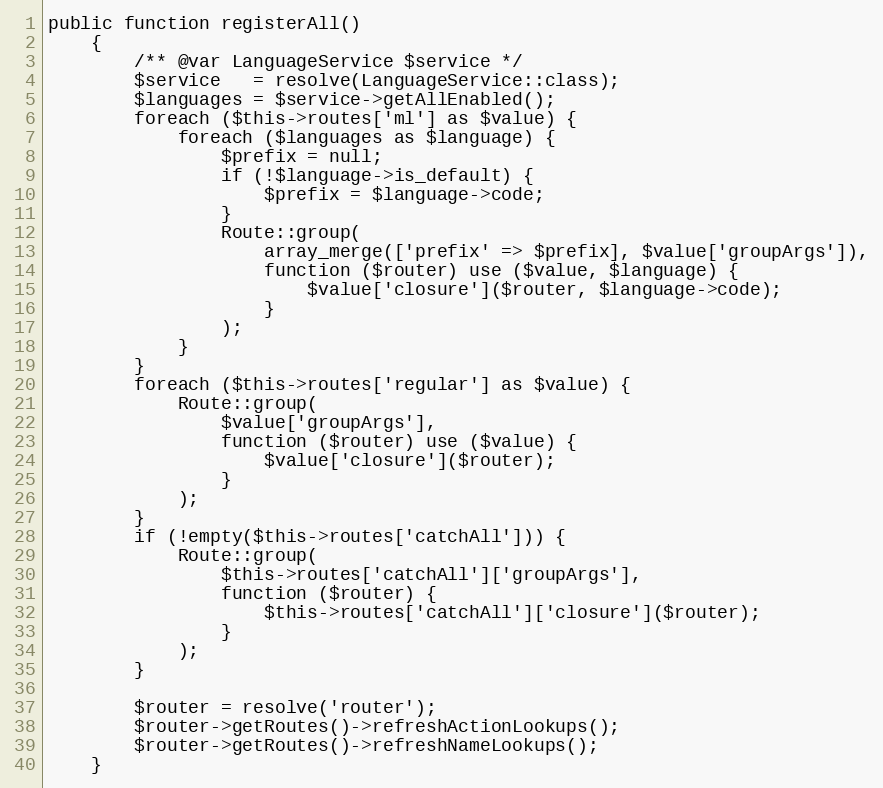
Language: PHP
public function registerAll()
    {
        /** @var LanguageService $service */
        $service   = resolve(LanguageService::class);
        $languages = $service->getAllEnabled();
        foreach ($this->routes['ml'] as $value) {
            foreach ($languages as $language) {
                $prefix = null;
                if (!$language->is_default) {
                    $prefix = $language->code;
                }
                Route::group(
                    array_merge(['prefix' => $prefix], $value['groupArgs']),
                    function ($router) use ($value, $language) {
                        $value['closure']($router, $language->code);
                    }
                );
            }
        }
        foreach ($this->routes['regular'] as $value) {
            Route::group(
                $value['groupArgs'],
                function ($router) use ($value) {
                    $value['closure']($router);
                }
            );
        }
        if (!empty($this->routes['catchAll'])) {
            Route::group(
                $this->routes['catchAll']['groupArgs'],
                function ($router) {
                    $this->routes['catchAll']['closure']($router);
                }
            );
        }

        $router = resolve('router');
        $router->getRoutes()->refreshActionLookups();
        $router->getRoutes()->refreshNameLookups();
    }